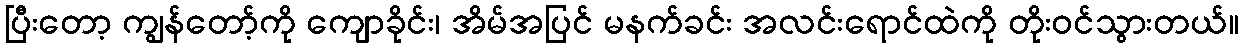
ပြီးတော့ ကျွန်တော့်ကို ကျောခိုင်း၊ အိမ်အပြင် မနက်ခင်း အလင်းရောင်ထဲကို တိုးဝင်သွားတယ်။